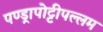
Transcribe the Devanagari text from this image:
पण्ड्रापोट्टीपल्लम